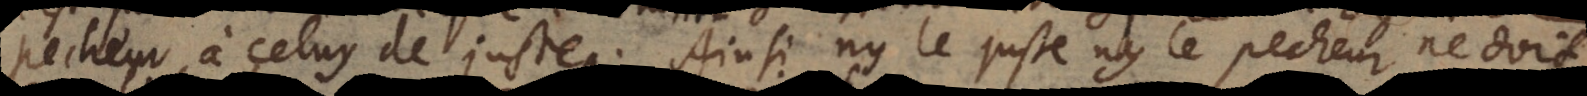
pecheur à celuy de juste. Ainsi ny le juste ny le pecheur ne doit